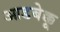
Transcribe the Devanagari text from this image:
आडबेक्कू